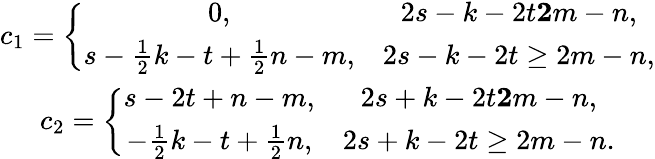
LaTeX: \begin{array}{c}{c_{1}=\left\{ \begin{array}{cc}{0,}&{2s-k-2t\le 2m-n,}\\ {s-\frac{1}{2}k-t+\frac{1}{2}n-m,}&{2s-k-2t\ge 2m-n,}\end{array}\right.}\\ {c_{2}=\left\{ \begin{array}{cc}{s-2t+n-m,}&{2s+k-2t\le 2m-n,}\\ {-\frac{1}{2}k-t+\frac{1}{2}n,}&{2s+k-2t\ge 2m-n.}\end{array}\right.}\end{array}